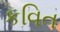
કવિત